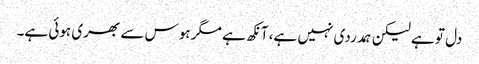
دل تو ہے لیکن ہمدردی نہیں ہے، آنکھ ہے مگر ہوس سے بھری ہوئی ہے۔